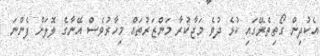
އެކުދިން ގޯތިތެރޭގައި ކުޅެ ދުވެ މަޖާކުރާ މަންޒަރުތައް މިހާރުވެސް އޭނާގެ ލޮލަށް ފެންނަ